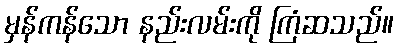
မှန်ကန်သော နည်းလမ်းကို ကြံဆသည်။